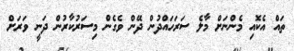
ތައް އެކޮއި މެންނަށް މާލެ ސަރަހައްދުން ދޭން ވެގެން މިސަރުކާރުން ދަނީ ވަރަށް